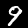
Label: 9